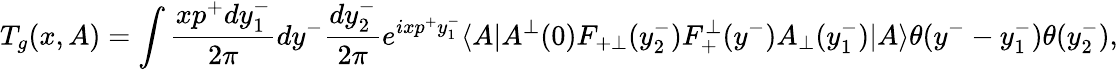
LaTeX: T_{g}(x,A)=\int\frac{xp^{+}dy_{1}^{-}}{2\pi}dy^{-}\frac{dy_{2}^{-}}{2\pi}e^{ixp^{+}y_{1}^{-}}\langle A|A^{\bot}(0)F_{+\bot}(y_{2}^{-})F_{+}^{\bot}(y^{-})A_{\bot}(y_{1}^{-})|A\rangle\theta(y^{-}-y_{1}^{-})\theta(y_{2}^{-}),